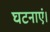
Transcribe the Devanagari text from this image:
घटनाएं।